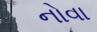
નોવા